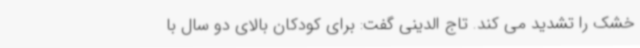
خشک را تشدید می کند. تاج الدینی گفت: برای کودکان بالای دو سال با